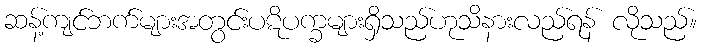
ဆန့်ကျင်ဘက်များအတွင်းပဋိပက္ခများရှိသည်ဟုသိနားလည်ရန် လိုသည်။